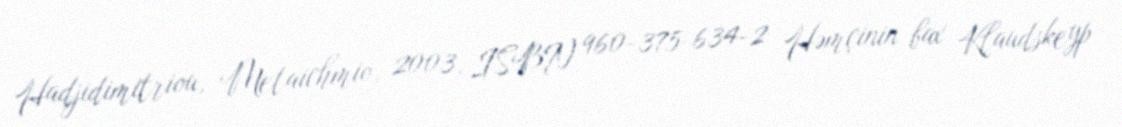
Hadjidimitriou, Metaichmio, 2003, ISBN 960-375-634-2 Həmçinin bax Klaudskeyp